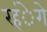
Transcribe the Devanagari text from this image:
रहंेगे